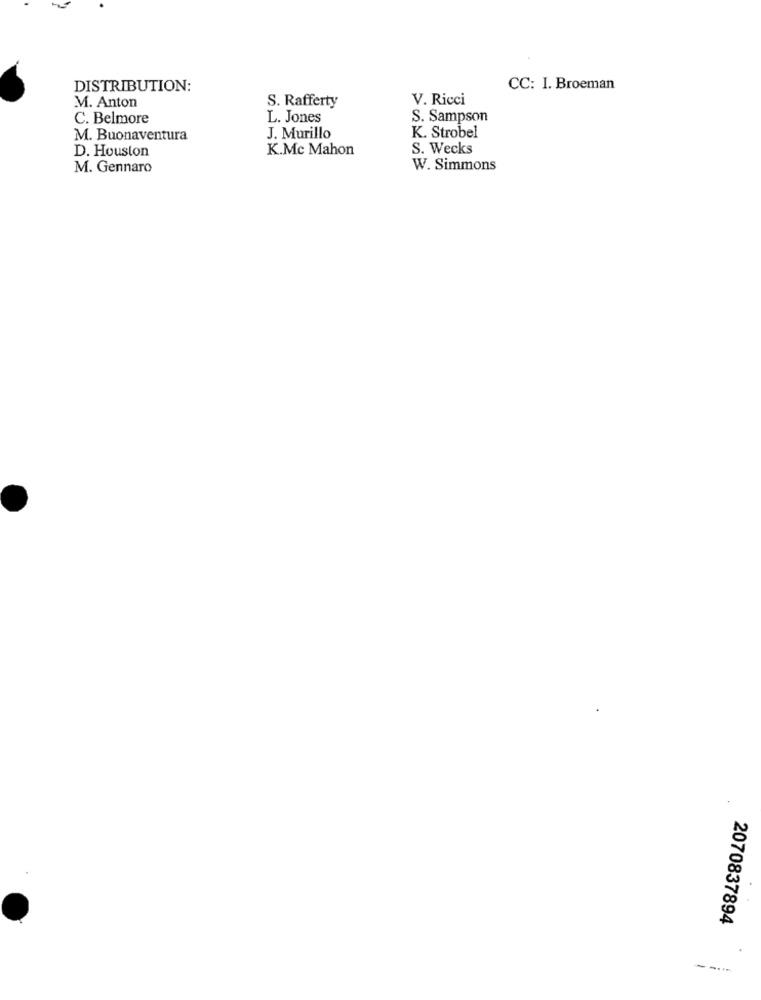
DISTRIBUTION:
CC: I. Broeman
M. Anton
S. Rafferty
V. Ricci
C. Belmore
L. Jones
S. Sampson
M. Buonaventura
J. Murillo
K. Strobel
K.Mc Mahon
S. Wecks
D. Houston
M. Gennaro
W. Simmons
2070837894
--